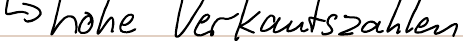
-> hohe Verkaufszahlen